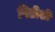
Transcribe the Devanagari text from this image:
पिढीशी